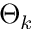
\Theta _ { k }